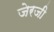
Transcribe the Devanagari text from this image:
जेरजी